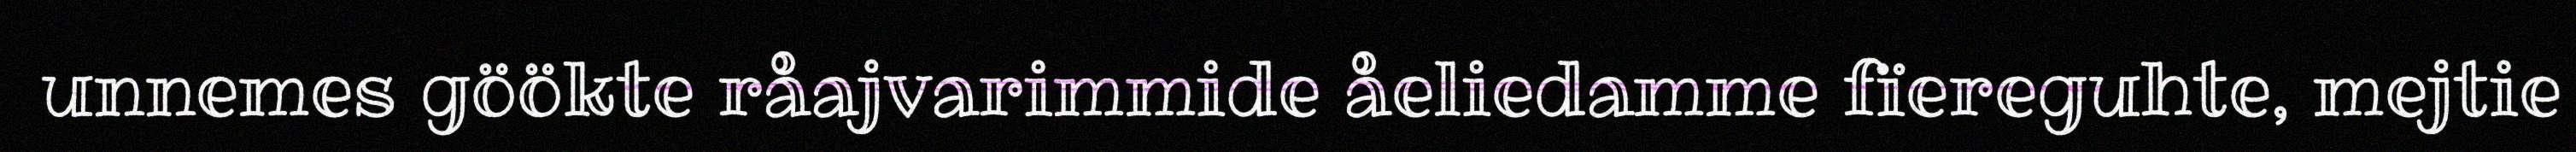
unnemes göökte råajvarimmide åeliedamme fïereguhte, mejtie